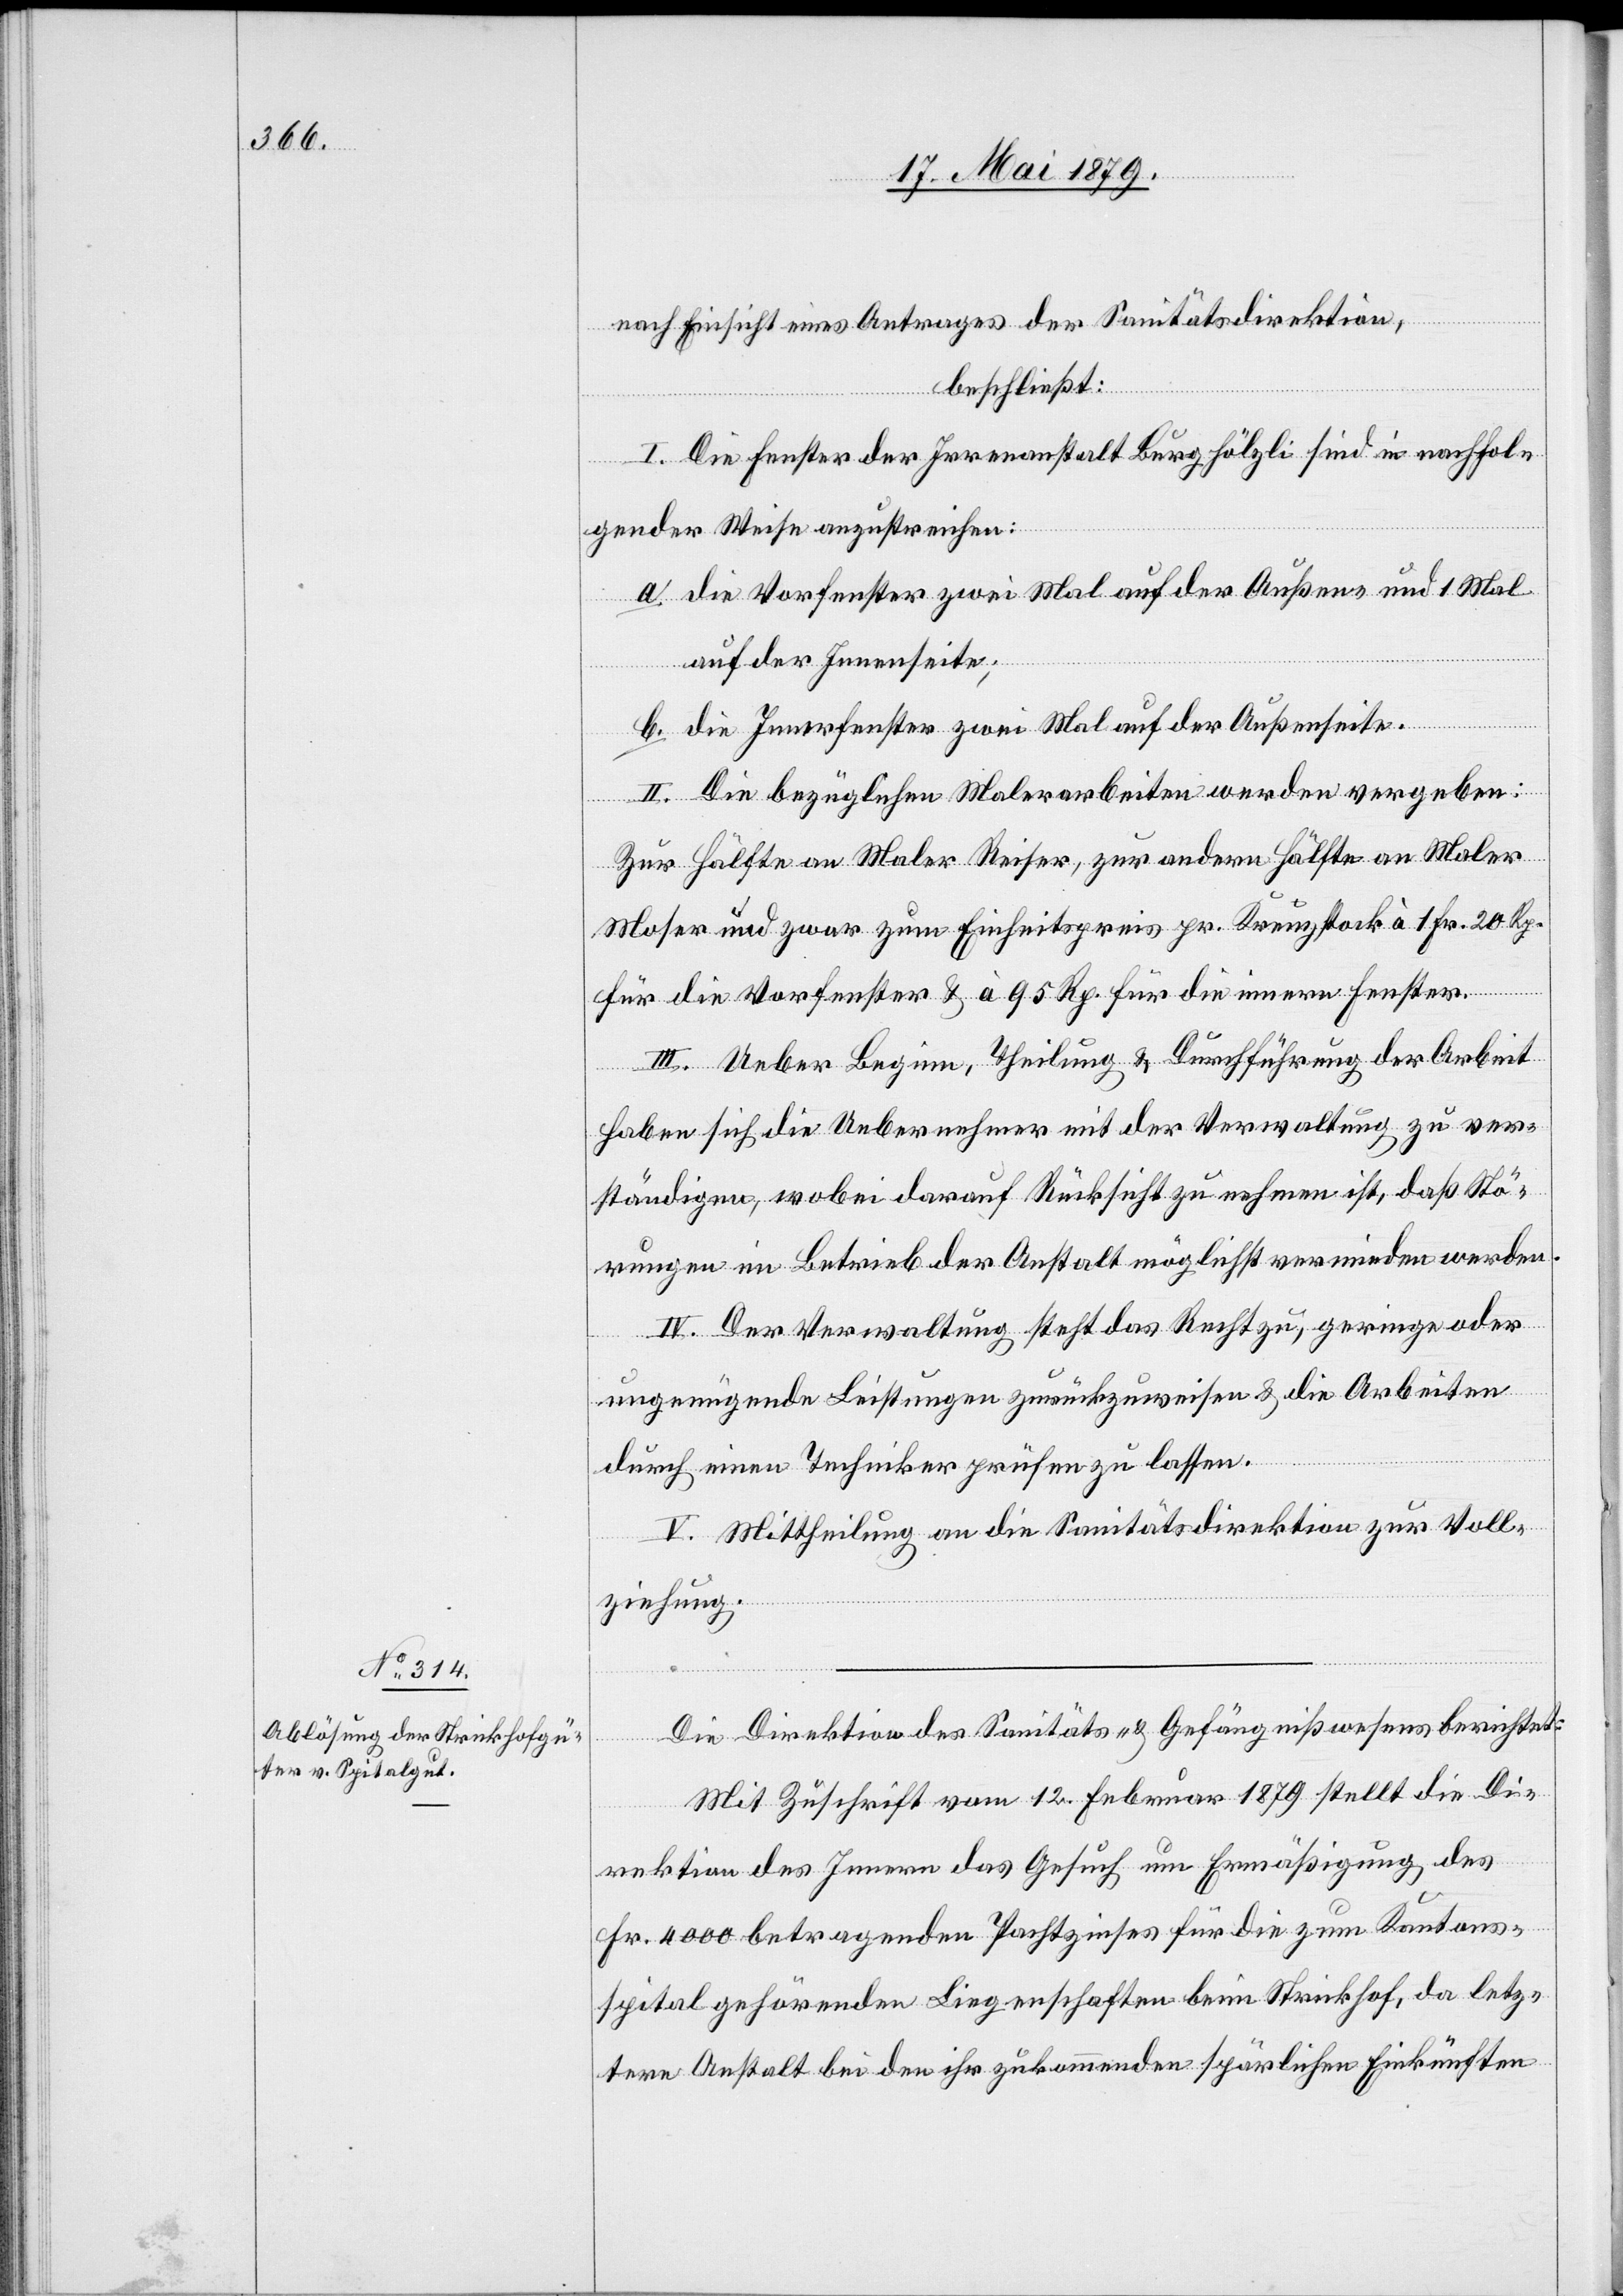
nach Einsicht eines Antrages der Sanitätsdirektion,
beschließt:
I. Die Fenster der Irrenanstalt Burghölzli sind in nachfol¬
gender Weise anzustreichen:
a. die Vorfenster zwei Mal auf der Außen- und 1 Mal
auf der Innenseite;
b. die Innerfenster zwei Mal auf der Außenseite.
II. Die bezüglichen Malerarbeiten werden vergeben:
Zur Hälfte an Maler Reiser, zur andern Hälfte an Maler
Moser und zwar zum Einheitspreis pr. Kreuzstock à 1 Fr. 20 Rp.
für die Vorfenster & à 95 Rp. für die innern Fenster.
III. Ueber Beginn, Theilung & Durchführung der Arbeit
haben sich die Uebernehmer mit der Verwaltung zu ver¬
ständigen, wobei darauf Rücksicht zu nehmen ist, daß Stö¬
rungen im Betrieb der Anstalt möglichst vermieden werden.
IV. Der Verwaltung steht das Recht zu, geringe oder
ungenügende Leistungen zurückzuweisen & die Arbeiten
durch einen Techniker prüfen zu lassen.
V. Mittheilung an die Sanitätsdirektion zur Voll¬
ziehung.
Die Direktion des Sanitäts- & Gefängnißwesens berichtet:
Mit Zuschrift vom 12. Februar 1879 stellt die Di¬
rektion des Innern das Gesuch um Ermäßigung des
Fr. 4000 betragenden Pachtzinses für die zum Kantons¬
spital gehörenden Liegenschaften beim Strickhof, da letz¬
tere Anstalt bei den ihr zukommenden spärlichen Einkünften